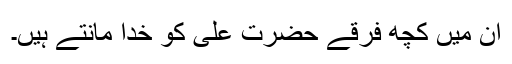
ان میں کچھ فرقے حضرت علی کو خدا مانتے ہیں۔